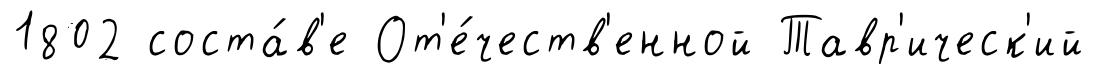
1802 соста́в'е От'е́честв'енной Тавр'ическ'ий